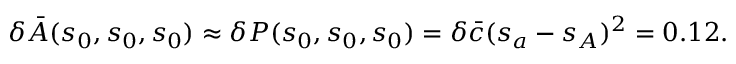
\delta \bar { A } ( s _ { 0 } , s _ { 0 } , s _ { 0 } ) \approx \delta P ( s _ { 0 } , s _ { 0 } , s _ { 0 } ) = \delta \bar { c } ( s _ { a } - s _ { A } ) ^ { 2 } = 0 . 1 2 .